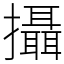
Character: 攝